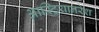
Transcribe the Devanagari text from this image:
आस्ट्रियानरेश